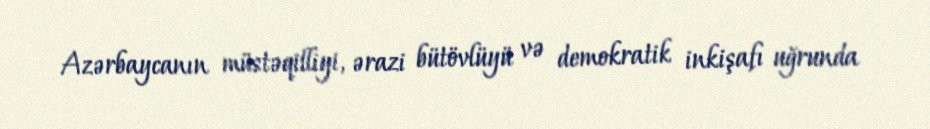
Azərbaycanın müstəqilliyi, ərazi bütövlüyü və demokratik inkişafı uğrunda